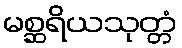
မစ္ဆရိယသုတ္တံ